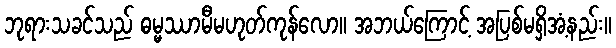
ဘုရားသခင်သည် ဓမ္မဿာမီမဟုတ်ကုန်လော။ အဘယ်ကြောင့် အပြစ်မရှိအံ့နည်း။